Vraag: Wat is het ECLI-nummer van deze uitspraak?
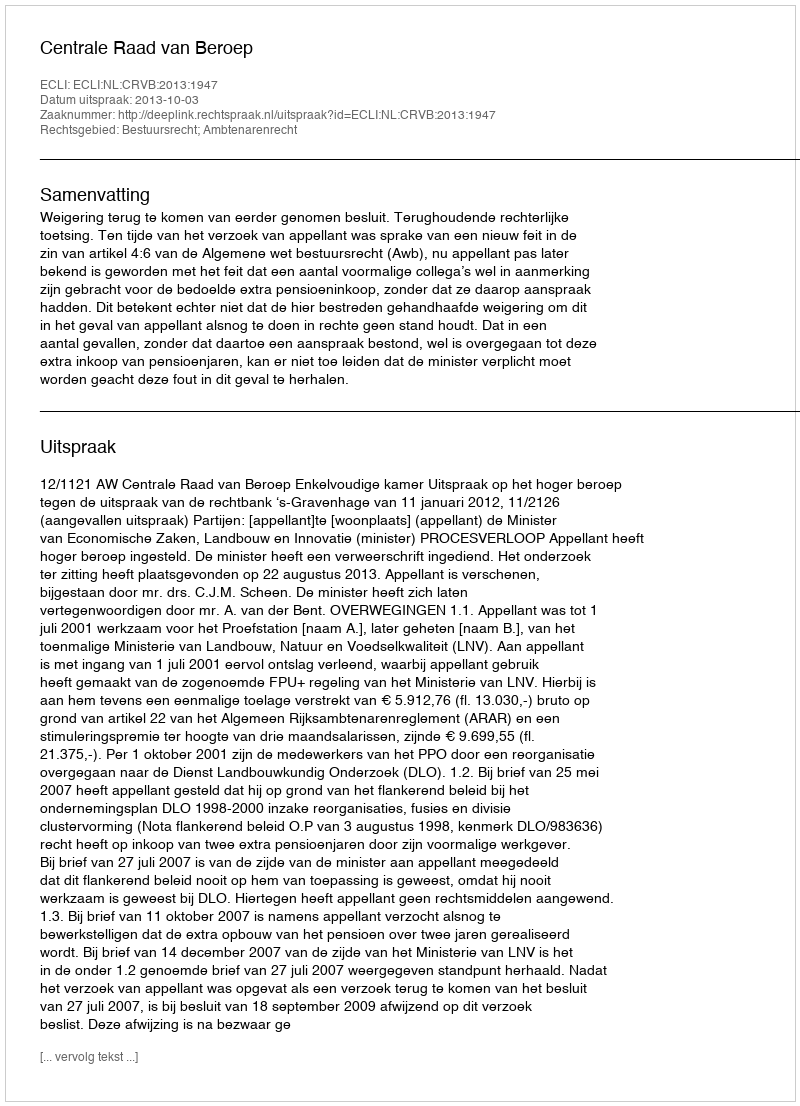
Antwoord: ECLI:NL:CRVB:2013:1947